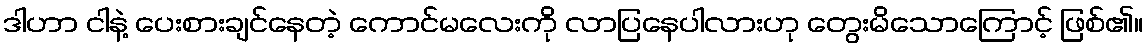
ဒါဟာ ငါနဲ့ ပေးစားချင်နေတဲ့ ကောင်မလေးကို လာပြနေပါလားဟု တွေးမိသောကြောင့် ဖြစ်၏။